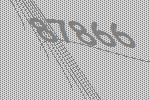
87866